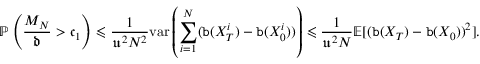
\mathbb P \left( \frac { M _ { N } } { \mathfrak d } > \mathfrak c _ { 1 } \right) \leqslant \frac { 1 } { \mathfrak u ^ { 2 } N ^ { 2 } } \mathrm { v a r } \left( \sum _ { i = 1 } ^ { N } ( { \tt b } ( X _ { T } ^ { i } ) - { \tt b } ( X _ { 0 } ^ { i } ) ) \right) \leqslant \frac { 1 } { \mathfrak u ^ { 2 } N } \mathbb E [ ( { \tt b } ( X _ { T } ) - { \tt b } ( X _ { 0 } ) ) ^ { 2 } ] .